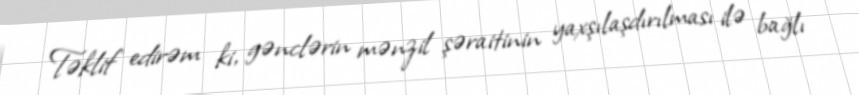
Təklif edirəm ki, gənclərin mənzil şəraitinin yaxşılaşdırılması ilə bağlı